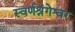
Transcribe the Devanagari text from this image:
स्वर्णश्रंगेश्वर